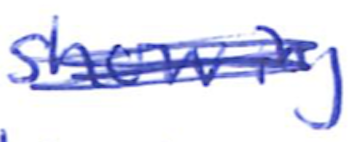
Text: showing
Cross-out: scratch
Writing tool: ballpoint